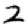
Digit: 2